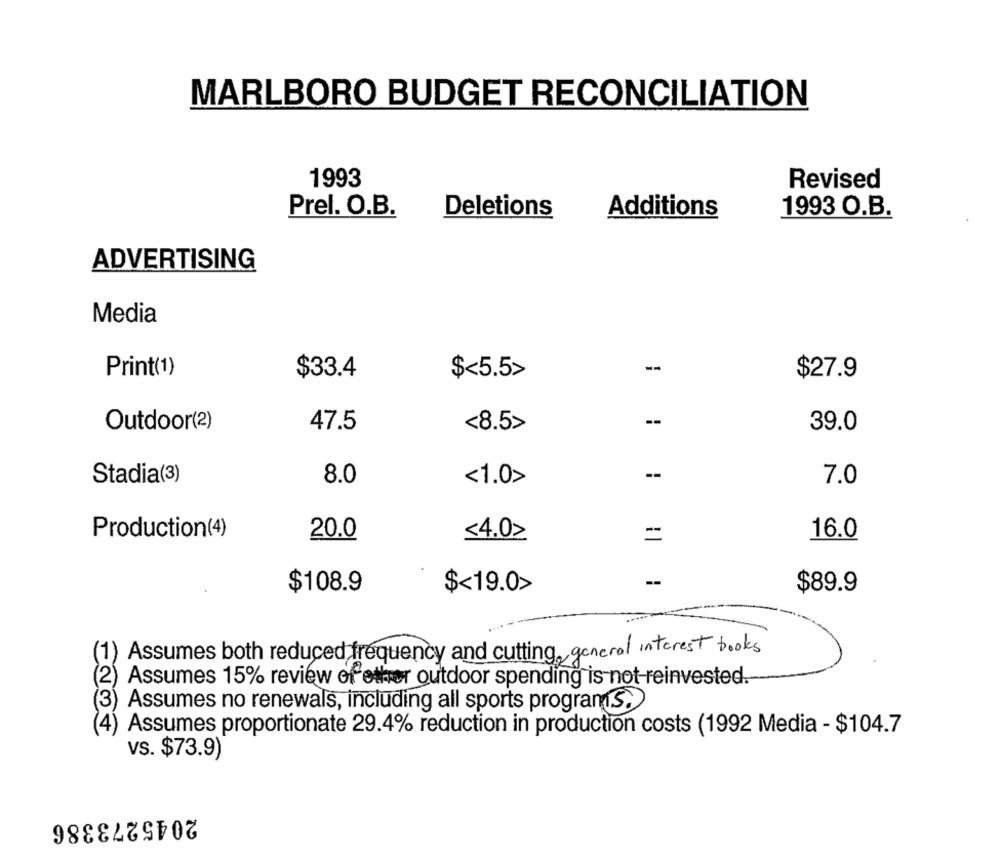
MARLBORO BUDGET RECONCILIATION
1993
Revised
Prel. O.B.
Deletions
Additions
1993 O.B.
ADVERTISING
Media
--
Print(1)
$33.4
$<5.5>
$27.9
--
Outdoor(2)
47.5
<8.5>
39.0
--
Stadia(3)
8.0
<1.0>
7.0
Production(4)
20.0
<4.02
16.0
--
$108.9
$<19.0>
$89.9
.....
(1) Assumes both reduced frequency and cutting general interest books
(2) Assumes 15% review of other outdoor spending is not reinvested.
(3)
Assumes no renewals, including all sports programs.
) Assumes proportionate 29.4% reduction in production costs (1992 Media - $104.7
vs. $73.9)
2045273386